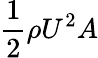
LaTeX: \frac{1}{2}\rho U^{2}A